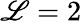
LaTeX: \mathscr{L}=2